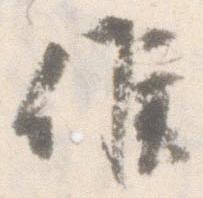
候